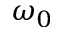
\omega _ { 0 }